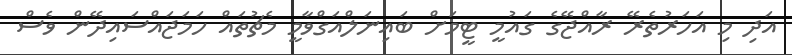
އަދި މި އަހަރުތެރޭ ރާއްޖޭގެ ގައުމީ ޓީމަށް ބައިނަލްއަގްވާމީ މެޗުތައް ހަމަޖައްސައިދޭން ވެސް